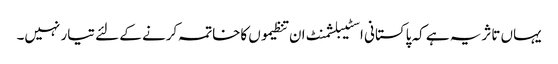
یہاں تاثریہ ہے کہ پاکستانی اسٹیبلشمنٹ ان تنظیموں کاخاتمہ کرنے کے لئے تیار نہیں۔